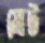
মোট